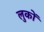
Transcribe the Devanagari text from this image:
लुकों